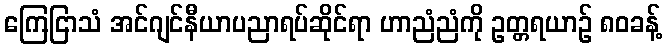
ကြေငြာသံ အင်ဂျင်နီယာပညာရပ်ဆိုင်ရာ ဟာညံညံကို ဥတ္တရယာဉ် ၈၀ခန့်